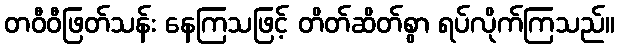
တဝီဝီဖြတ်သန်း နေကြသဖြင့် တိတ်ဆိတ်စွာ ရပ်လိုက်ကြသည်။